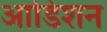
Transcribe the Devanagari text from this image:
आडिशन